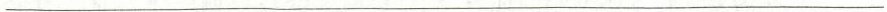
___